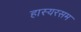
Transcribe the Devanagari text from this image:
हास्यरसम